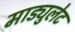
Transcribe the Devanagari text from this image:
माड्युलेट